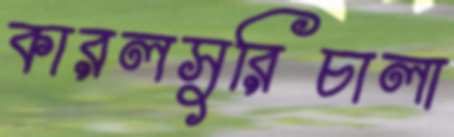
কারলসুরিচালা